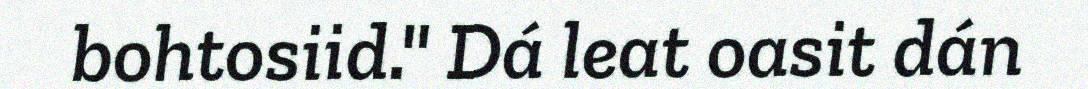
bohtosiid." Dá leat oasit dán